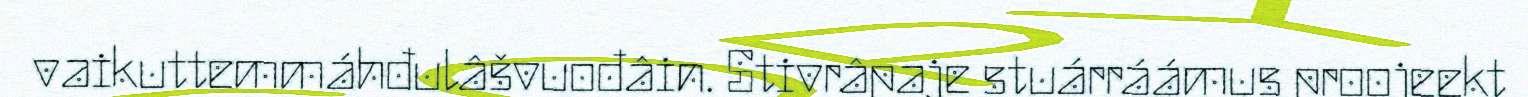
vaikuttemmáhđulâšvuođâin. Stivrâpaje stuárráámus proojeekt